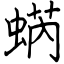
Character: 蜹